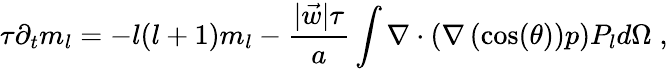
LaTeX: \tau\partial_{t}m_{l}=-l(l+1)m_{l}-\frac{|\vec{w}|\tau}{a}\int\nabla\cdot\left(\nabla\left(\cos(\theta)\right)p\right)P_{l}d\Omega\; ,